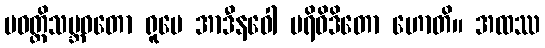
ပဝတ္တိသမ္ဘဝတော ရူပေ အာဒီနဝေါ ပရိဝိဒိတော ဟောတိ။ အထဿ